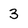
Character: 3